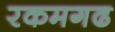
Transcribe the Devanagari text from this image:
रकमगढ